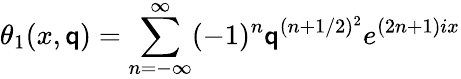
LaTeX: \theta_{1}(x,\mathsf{q})=\sum_{n=-\infty}^{\infty}(-1)^{n}\mathsf{q}^{(n+1/2)^{2}}e^{(2n+1)ix}